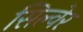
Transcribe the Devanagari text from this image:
सिल्वेर